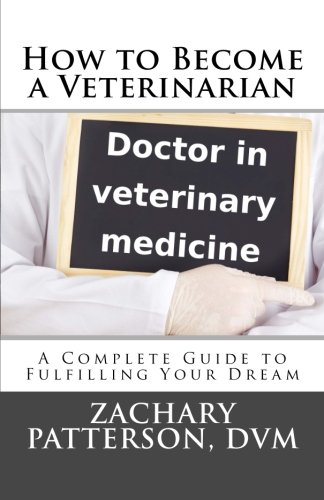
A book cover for How to Become a Veterinarian: A Complete Guide to Fulfilling Your Dream; Dr. Zachary Patterson DVM; Children's Books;